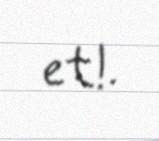
et!.